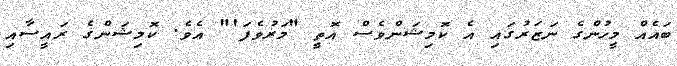
ބައެއް މީހުންގެ ނަޒަރުގައި އެ ކޮމިޝަންވެސް އޮތީ "މަރުވެފަ'" އެވެ. ކޮމިޝަންގެ ރައީސާއި